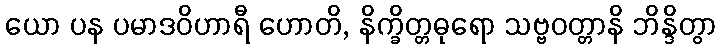
ယော ပန ပမာဒဝိဟာရီ ဟောတိ, နိက္ခိတ္တဓုရော သဗ္ဗဝတ္တာနိ ဘိန္ဒိတွာ